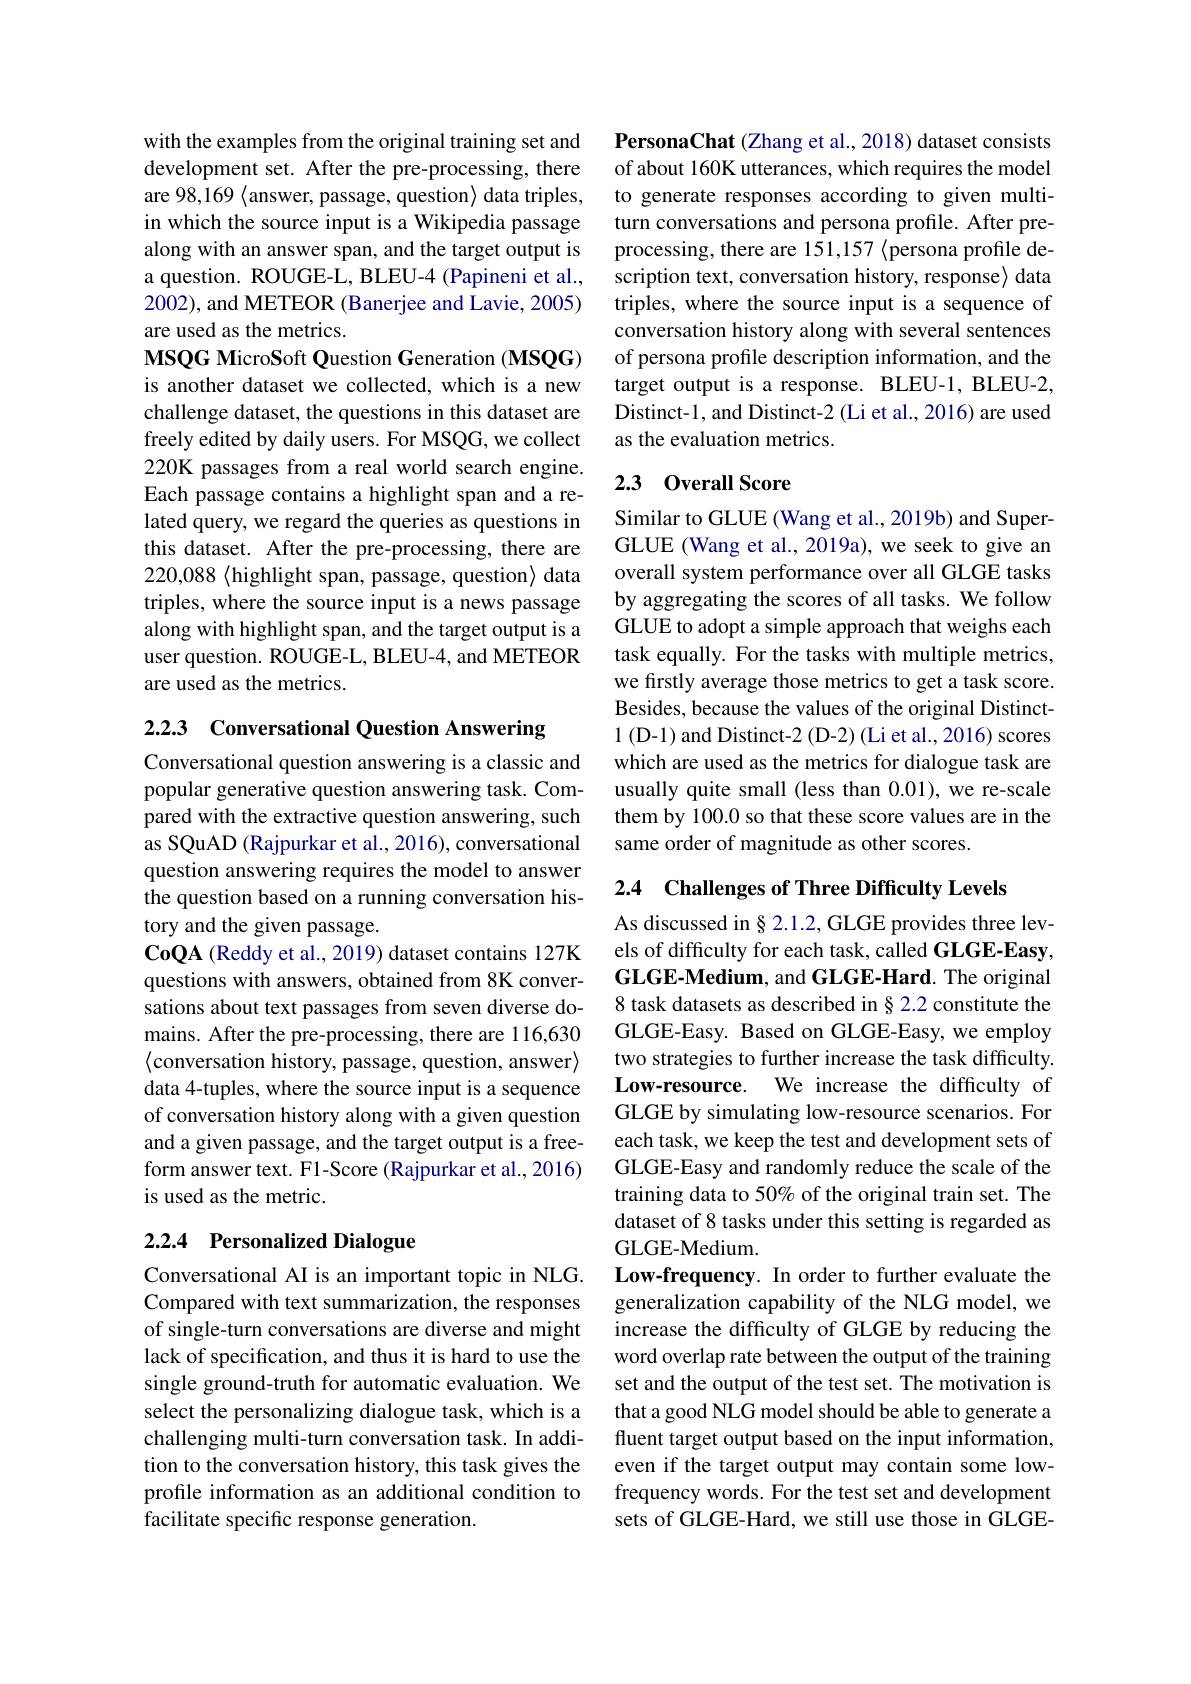
with the examples from the original training set and development set. After the pre-processing, there are 98,169 $\langle$answer, passage, question$\rangle$ data triples, in which the source input is a Wikipedia passage along with an answer span, and the target output is a question. ROUGE-L, BLEU-4 (Papineni et al., 2002), and METEOR (Banerjee and Lavie, 2005) are used as the metrics.
MSQG MicroSoft Question Generation (MSQG) is another dataset we collected, which is a new challenge dataset, the questions in this dataset are freely edited by daily users. For MSQG, we collect 220K passages from a real world search engine. Each passage contains a highlight span and a related query, we regard the queries as questions in this dataset. After the pre-processing, there are 220,088 $\langle$highlight span, passage, question$\rangle$ data triples, where the source input is a news passage along with highlight span, and the target output is a user question. ROUGE-L, BLEU-4, and METEOR are used as the metrics.

2.2.3 Conversational Question Answering

Conversational question answering is a classic and popular generative question answering task. Compared with the extractive question answering, such as SQuAD (Rajpurkar et al., 2016), conversational question answering requires the model to answer the question based on a running conversation history and the given passage.
CoQA (Reddy et al., 2019) dataset contains 127K questions with answers, obtained from 8K conversations about text passages from seven diverse domains. After the pre-processing, there are 116,630 $\langle$conversation history, passage, question, answer$\rangle$ data 4-tuples, where the source input is a sequence of conversation history along with a given question and a given passage, and the target output is a freeform answer text. F1-Score (Rajpurkar et al., 2016) is used as the metric.

# 2.2.4 Personalized Dialogue

Conversational AI is an important topic in NLG. Compared with text summarization, the responses of single-turn conversations are diverse and might lack of specification, and thus it is hard to use the single ground-truth for automatic evaluation. We select the personalizing dialogue task, which is a challenging multi-turn conversation task. In addition to the conversation history, this task gives the profile information as an additional condition to facilitate specific response generation.

PersonaChat (Zhang et al., 2018) dataset consists of about 160K utterances, which requires the model to generate responses according to given multiturn conversations and persona profile. After preprocessing, there are 151,157 <persona profile description text, conversation history, response> data triples, where the source input is a sequence of conversation history along with several sentences of persona profile description information, and the target output is a response. BLEU-1, BLEU-2, Distinct-1, and Distinct-2 (Li et al., 2016) are used as the evaluation metrics.

## 2.3 Overall Score

Similar to GLUE (Wang et al., 2019b) and SuperGLUE (Wang et al., 2019a), we seek to give an overall system performance over all GLGE tasks by aggregating the scores of all tasks. We follow GLUE to adopt a simple approach that weighs each task equally. For the tasks with multiple metrics, we firstly average those metrics to get a task score. Besides, because the values of the original Distinct- 1 (D-1) and Distinct-2 (D-2) (Li et al., 2016) scores which are used as the metrics for dialogue task are usually quite small (less than 0.01), we re-scale them by 100.0 so that these score values are in the same order of magnitude as other scores.

2.4 Challenges of Three Difficulty Levels

As discussed in§ 2.1.2, GLGE provides three levels of difficulty for each task, called GLGE-Easy, GLGE-Medium, and GLGE-Hard. The original 8 task datasets as described in§ 2.2 constitute the GLGE-Easy. Based on GLGE-Easy, we employ two strategies to further increase the task difficulty. Low-resource. We increase the difficulty of GLGE by simulating low-resource scenarios. For each task, we keep the test and development sets of GLGE-Easy and randomly reduce the scale of the training data to 50% of the original train set. The dataset of 8 tasks under this setting is regarded as GLGE-Medium.
Low-frequency. In order to further evaluate the generalization capability of the NLG model, we increase the difficulty of GLGE by reducing the word overlap rate between the output of the training set and the output of the test set. The motivation is that a good NLG model should be able to generate a fluent target output based on the input information, even if the target output may contain some lowfrequency words. For the test set and development sets of GLGE-Hard, we still use those in GLGE-